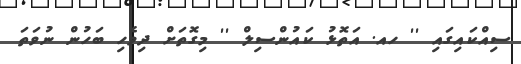
ސިއްކައިގައި '' ހއ. އަތޮޅު ކައުންސިލް '' މިގޮތަށް ދިވެހި ބަހުން ނުވަތަ